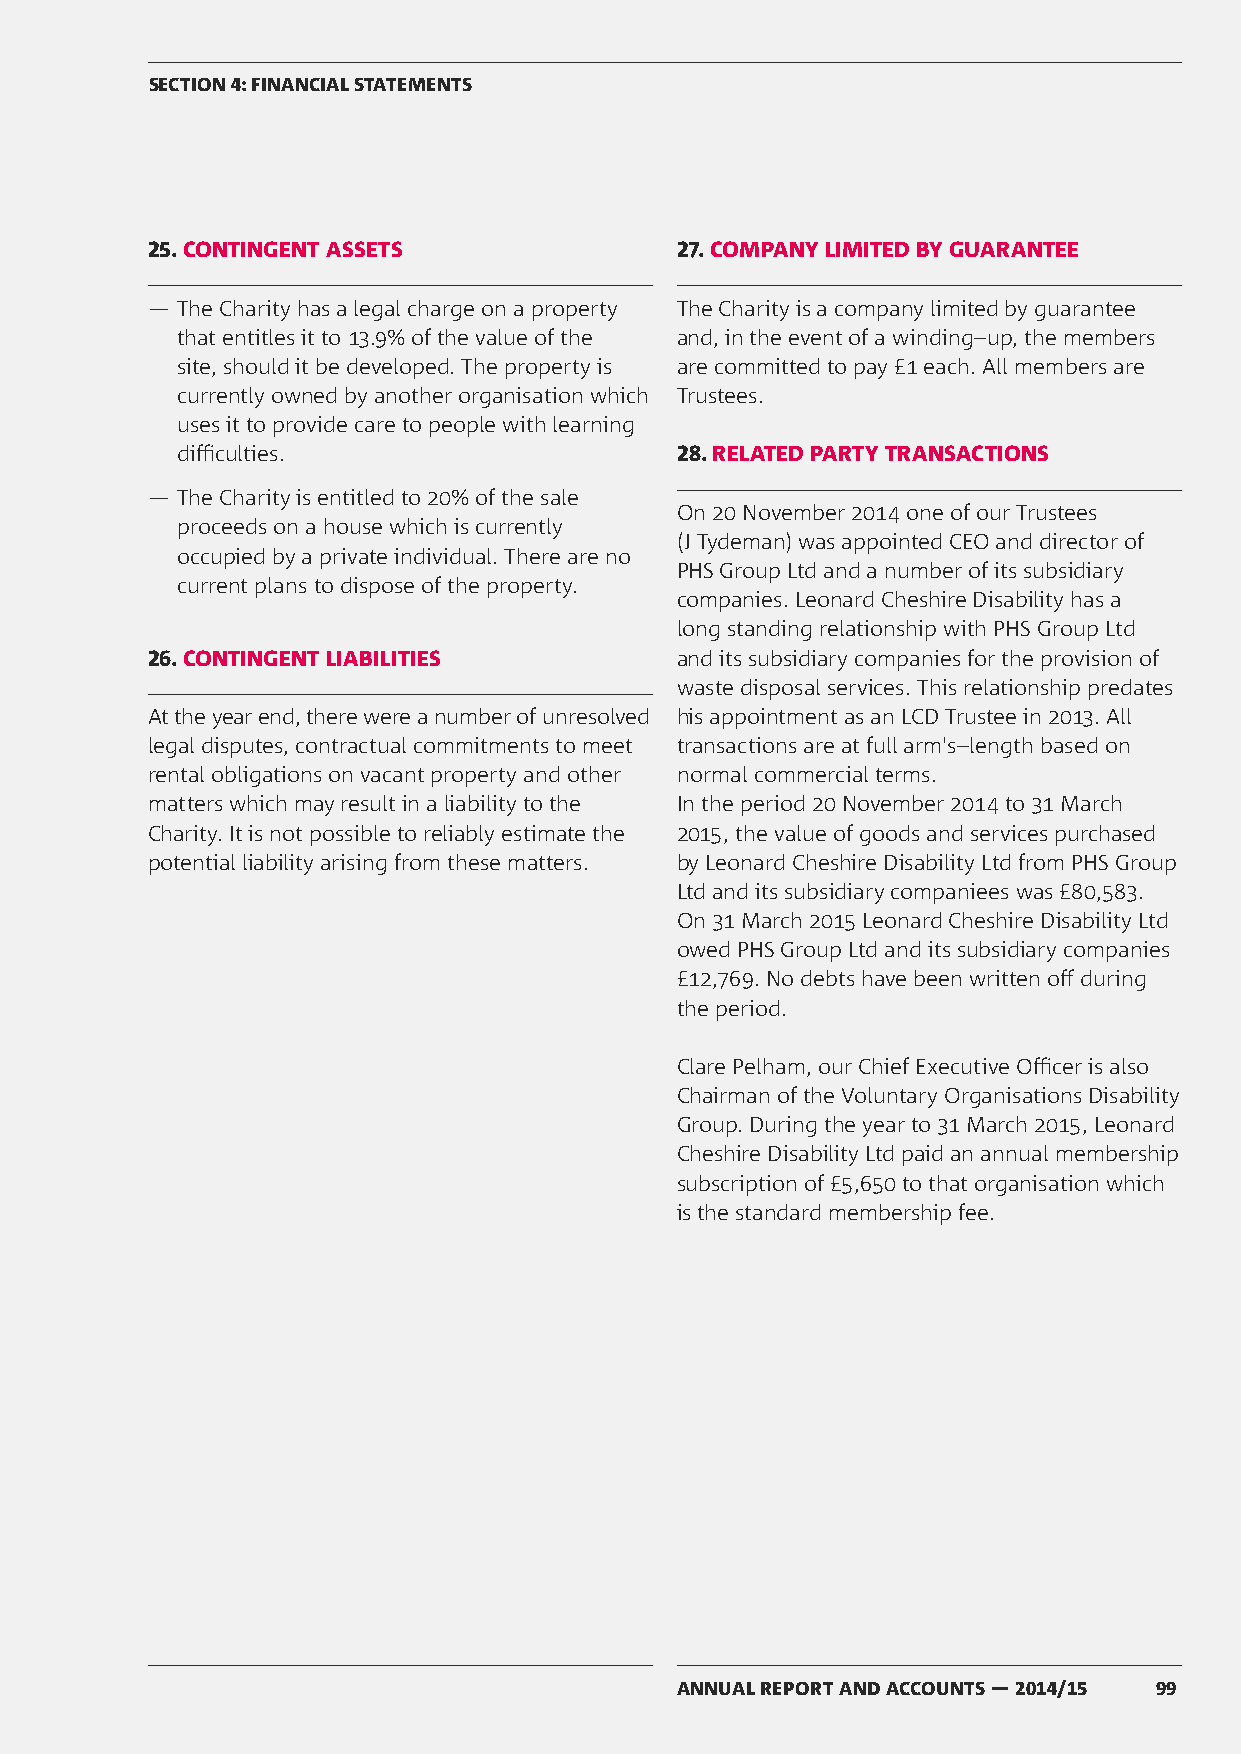
SECTION 4: FINANCIAL STATEMENTS
 25. CONTINGENT ASSETS              27. COMPANY LIMITED BY GUARANTEE
 ― The Charity has a legal charge on a property The Charity is a company limited by guarantee
 that entitles it to 13.9% of the value of the and, in the event of a winding–up, the members
 site, should it be developed. The property is are committed to pay £1 each. All members are
 currently owned by another organisation which Trustees.
 uses it to provide care to people with learning
 difficulties.                    28. RELATED PARTY TRANSACTIONS
 ― The Charity is entitled to 20% of the sale
 On 20 November 2014 one of our Trustees
 proceeds on a house which is currently
 (J Tydeman) was appointed CEO and director of
 occupied by a private individual. There are no
 PHS Group Ltd and a number of its subsidiary
 current plans to dispose of the property.
 companies. Leonard Cheshire Disability has a
 long standing relationship with PHS Group Ltd
 26. CONTINGENT LIABILITIES         and its subsidiary companies for the provision of
 waste disposal services. This relationship predates
 At the year end, there were a number of unresolved his appointment as an LCD Trustee in 2013. All
 legal disputes, contractual commitments to meet transactions are at full arm's–length based on
 rental obligations on vacant property and other normal commercial terms.
 matters which may result in a liability to the In the period 20 November 2014 to 31 March
 Charity. It is not possible to reliably estimate the 2015, the value of goods and services purchased
 potential liability arising from these matters. by Leonard Cheshire Disability Ltd from PHS Group
 Ltd and its subsidiary companiees was £80,583.
 On 31 March 2015 Leonard Cheshire Disability Ltd
 owed PHS Group Ltd and its subsidiary companies
 £12,769. No debts have been written off during
 the period.
 Clare Pelham, our Chief Executive Officer is also
 Chairman of the Voluntary Organisations Disability
 Group. During the year to 31 March 2015, Leonard
 Cheshire Disability Ltd paid an annual membership
 subscription of £5,650 to that organisation which
 is the standard membership fee.
 ANNUAL REPORT AND ACCOUNTS — 2014/15 99